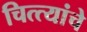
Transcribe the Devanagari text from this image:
चित्त्यांचे